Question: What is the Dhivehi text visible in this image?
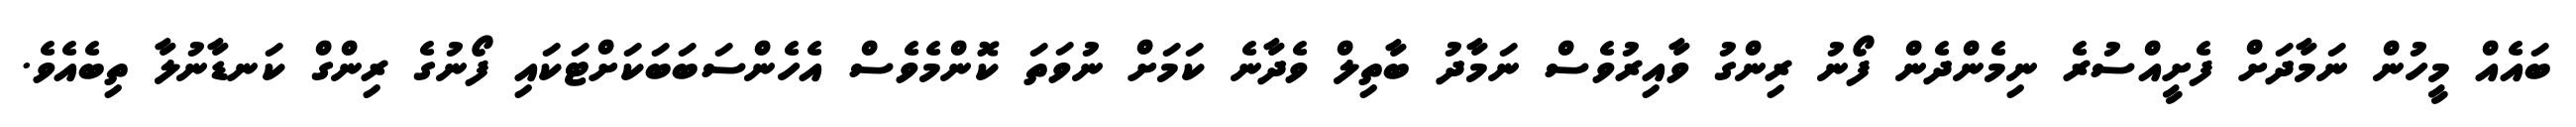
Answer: ބައެއް މީހުން ނަމާދަށް ފެށީއްސުރެ ނިމެންދެން ފޯނު ރިންގު ވާއިރުވެސް ނަމާދު ބާތިލް ވެދާނެ ކަމަށް ނުވަތަ ކޮންމެވެސް އެހެންސަބަބަކަށްޓަކައި ފޯނުގެ ރިންގް ކަނޑާނުލާ ތިބެއެވެ.